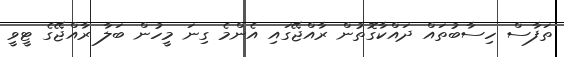
ތަފާސް ހިސާބުތައް ދައްކާގޮތުން ރާއްޖޭގައި އެންމެ ގިނަ މީހުން ބަލާ ރާއްޖޭގެ ޓީވީ